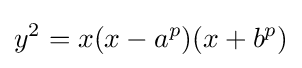
y^{2}=x(x-a^{p})(x+b^{p})